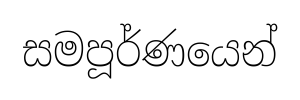
සමපූර්ණයෙන්